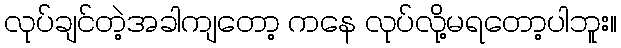
လုပ်ချင်တဲ့အခါကျတော့ ကနေ လုပ်လို့မရတော့ပါဘူး။